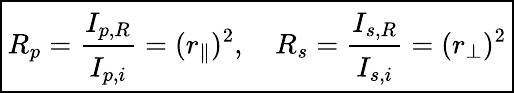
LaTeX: \boxed{R_{p}=\cfrac{I_{p,R}}{I_{p,i}}=(r_{\parallel})^{2},\quad R_{s}=\cfrac{I_{s,R}}{I_{s,i}}=(r_{\perp})^{2}}